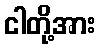
ငါတို့အား